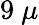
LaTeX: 9~\mu